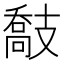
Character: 𢻤